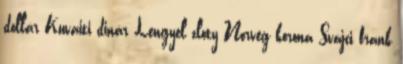
dollár Kuvaiti dinár Lengyel zloty Norvég korona Svájci frank